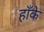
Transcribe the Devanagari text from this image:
हाँके